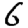
Digit: 6